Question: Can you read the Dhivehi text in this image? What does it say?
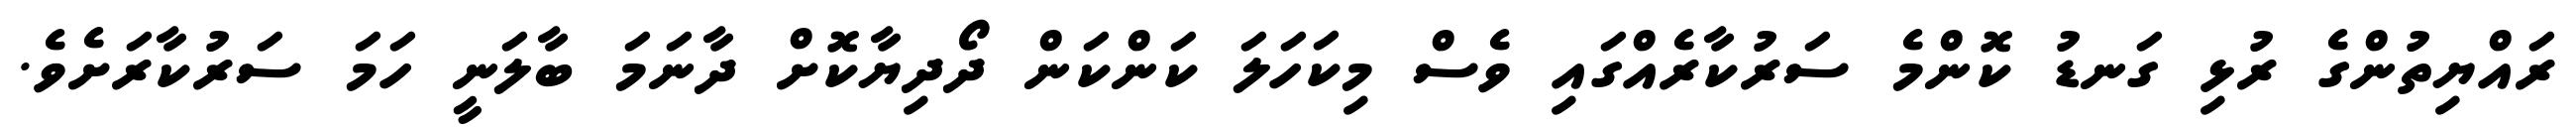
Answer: ރައްޔިތުންގެ ރުޅި ގަނޑު ކޮންމެ ސަރުކާރެއްގައި ވެސް މިކަހަލަ ކަންކަން ދޯދިޔާކޮށް ދާނަމަ ބާލަނީ ހަމަ ސަރުކާރަށެވެ.